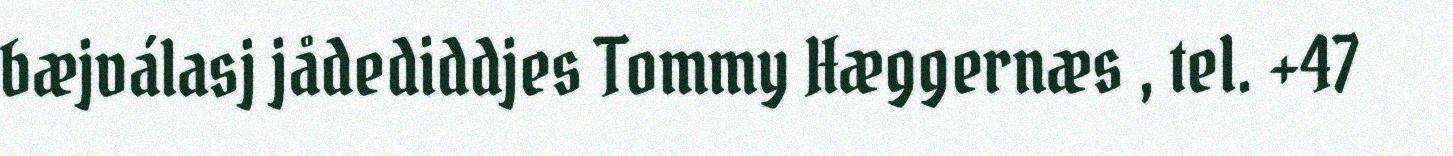
bæjválasj jådediddjes Tommy Hæggernæs , tel. +47